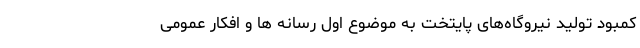
کمبود تولید نیروگاه‌های پایتخت به موضوع اول رسانه ها و افکار عمومی